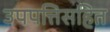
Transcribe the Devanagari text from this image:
उपपत्तिसहित